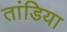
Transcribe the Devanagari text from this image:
तांडिया